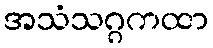
အသံသဂ္ဂကထာ